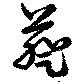
葵